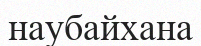
наубайхана